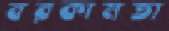
বরকামতা